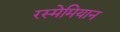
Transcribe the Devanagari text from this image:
रस्मेमियान